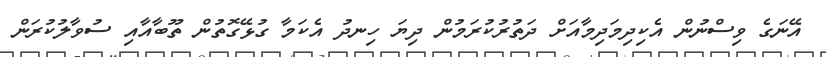
އޭނަގެ ވިސްނުން އެކިދިމަދިމާއަށް ދަތުރުކުރަމުން ދިޔަ ހިނދު އެކަމާ ގުޅޭގޮތުން ތޫބާއާއި ސުވާލުކުރަން